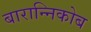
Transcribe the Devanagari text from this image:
बारान्निकोब